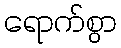
ရောက်စွာ